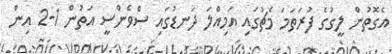
އެގޮތުން ލީގުގެ ފުރަތަމަ މެޗުގައި އަމިއްލަ ދަނޑުގައި ސްވެންސީ އަތުން 1-2 އިން